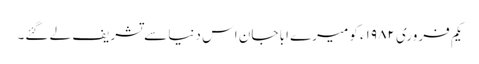
یکم فروری ۱۹۸۲ء کو میرے ابا جان اس دنیا سے تشریف لے گئے۔